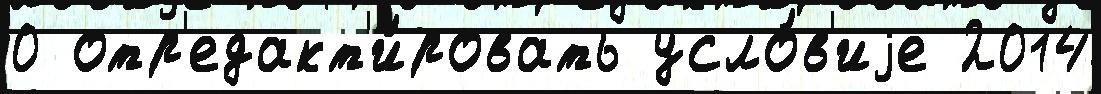
0 отр'едакт'и́ровать усло́в'иjе 2014